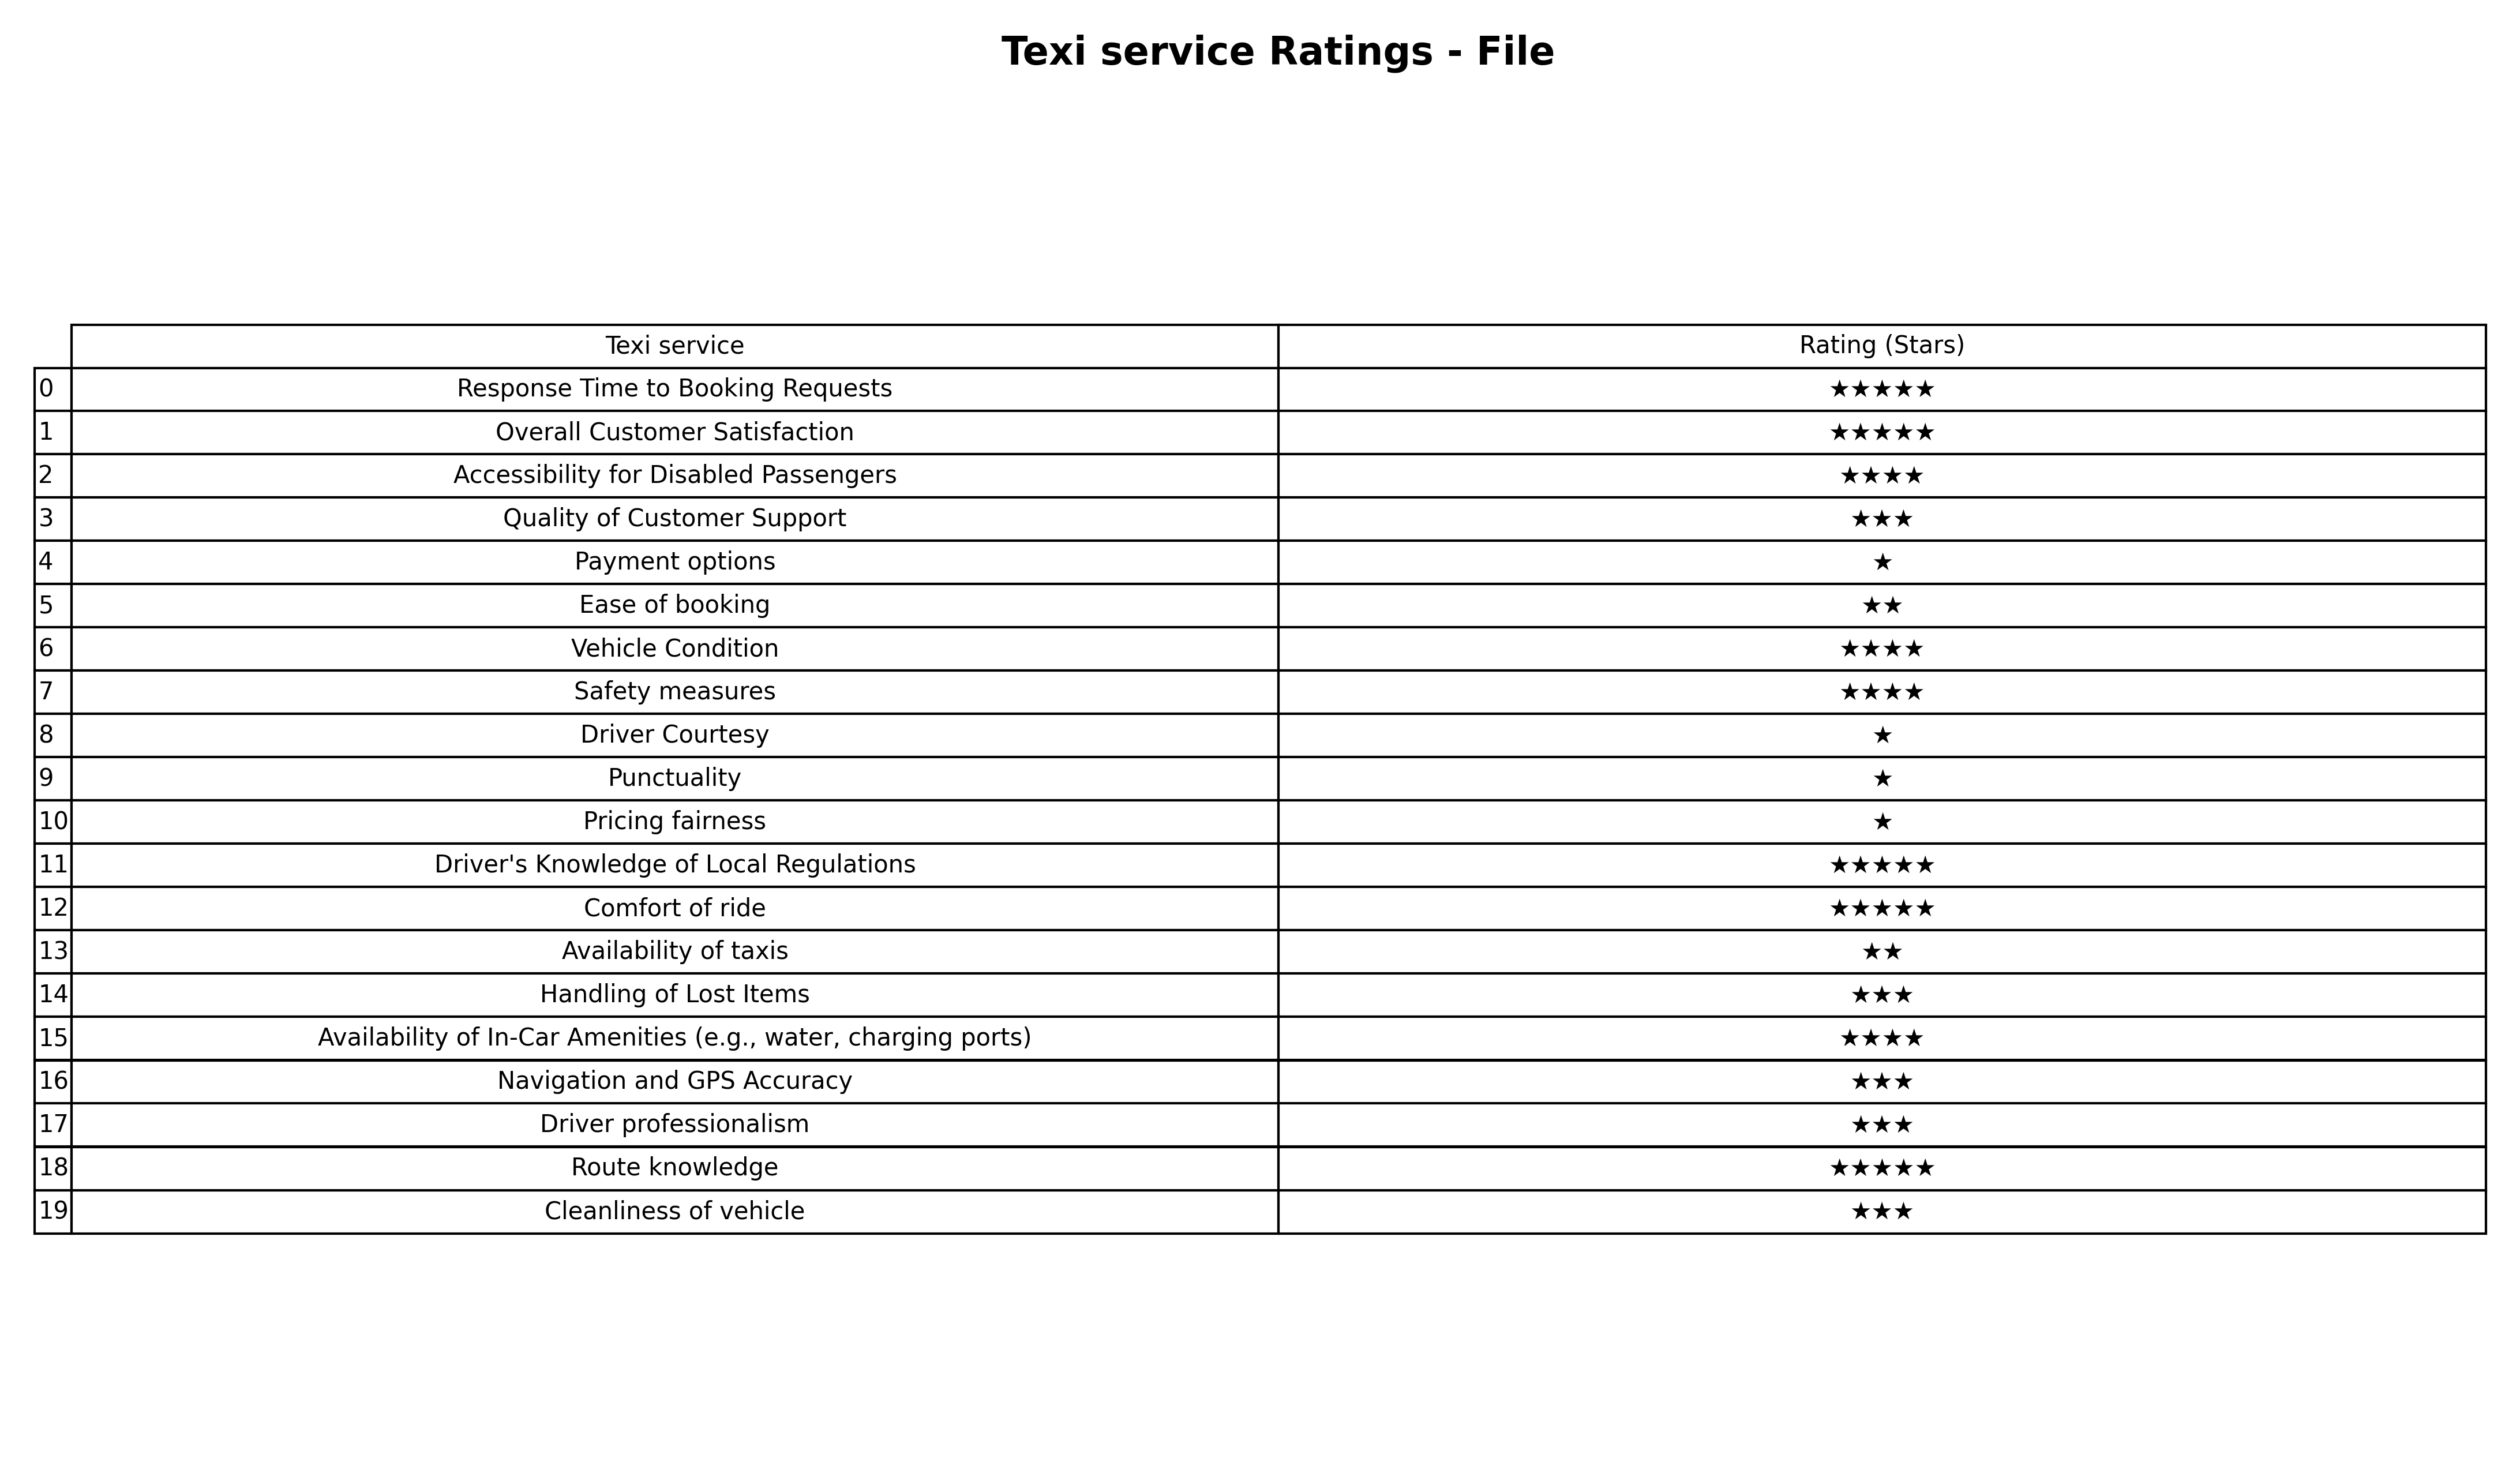
question: What is the rating of Response Time to Booking Requests?
answer: ★★★★★